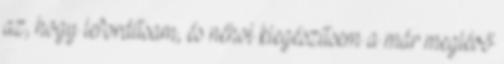
az, hogy lefordítsam, és néhol kiegészítsem a már meglévő